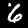
Label: 6